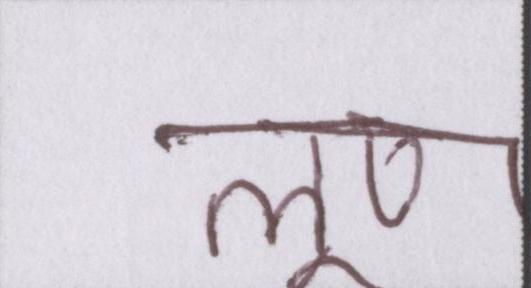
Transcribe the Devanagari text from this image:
लूण